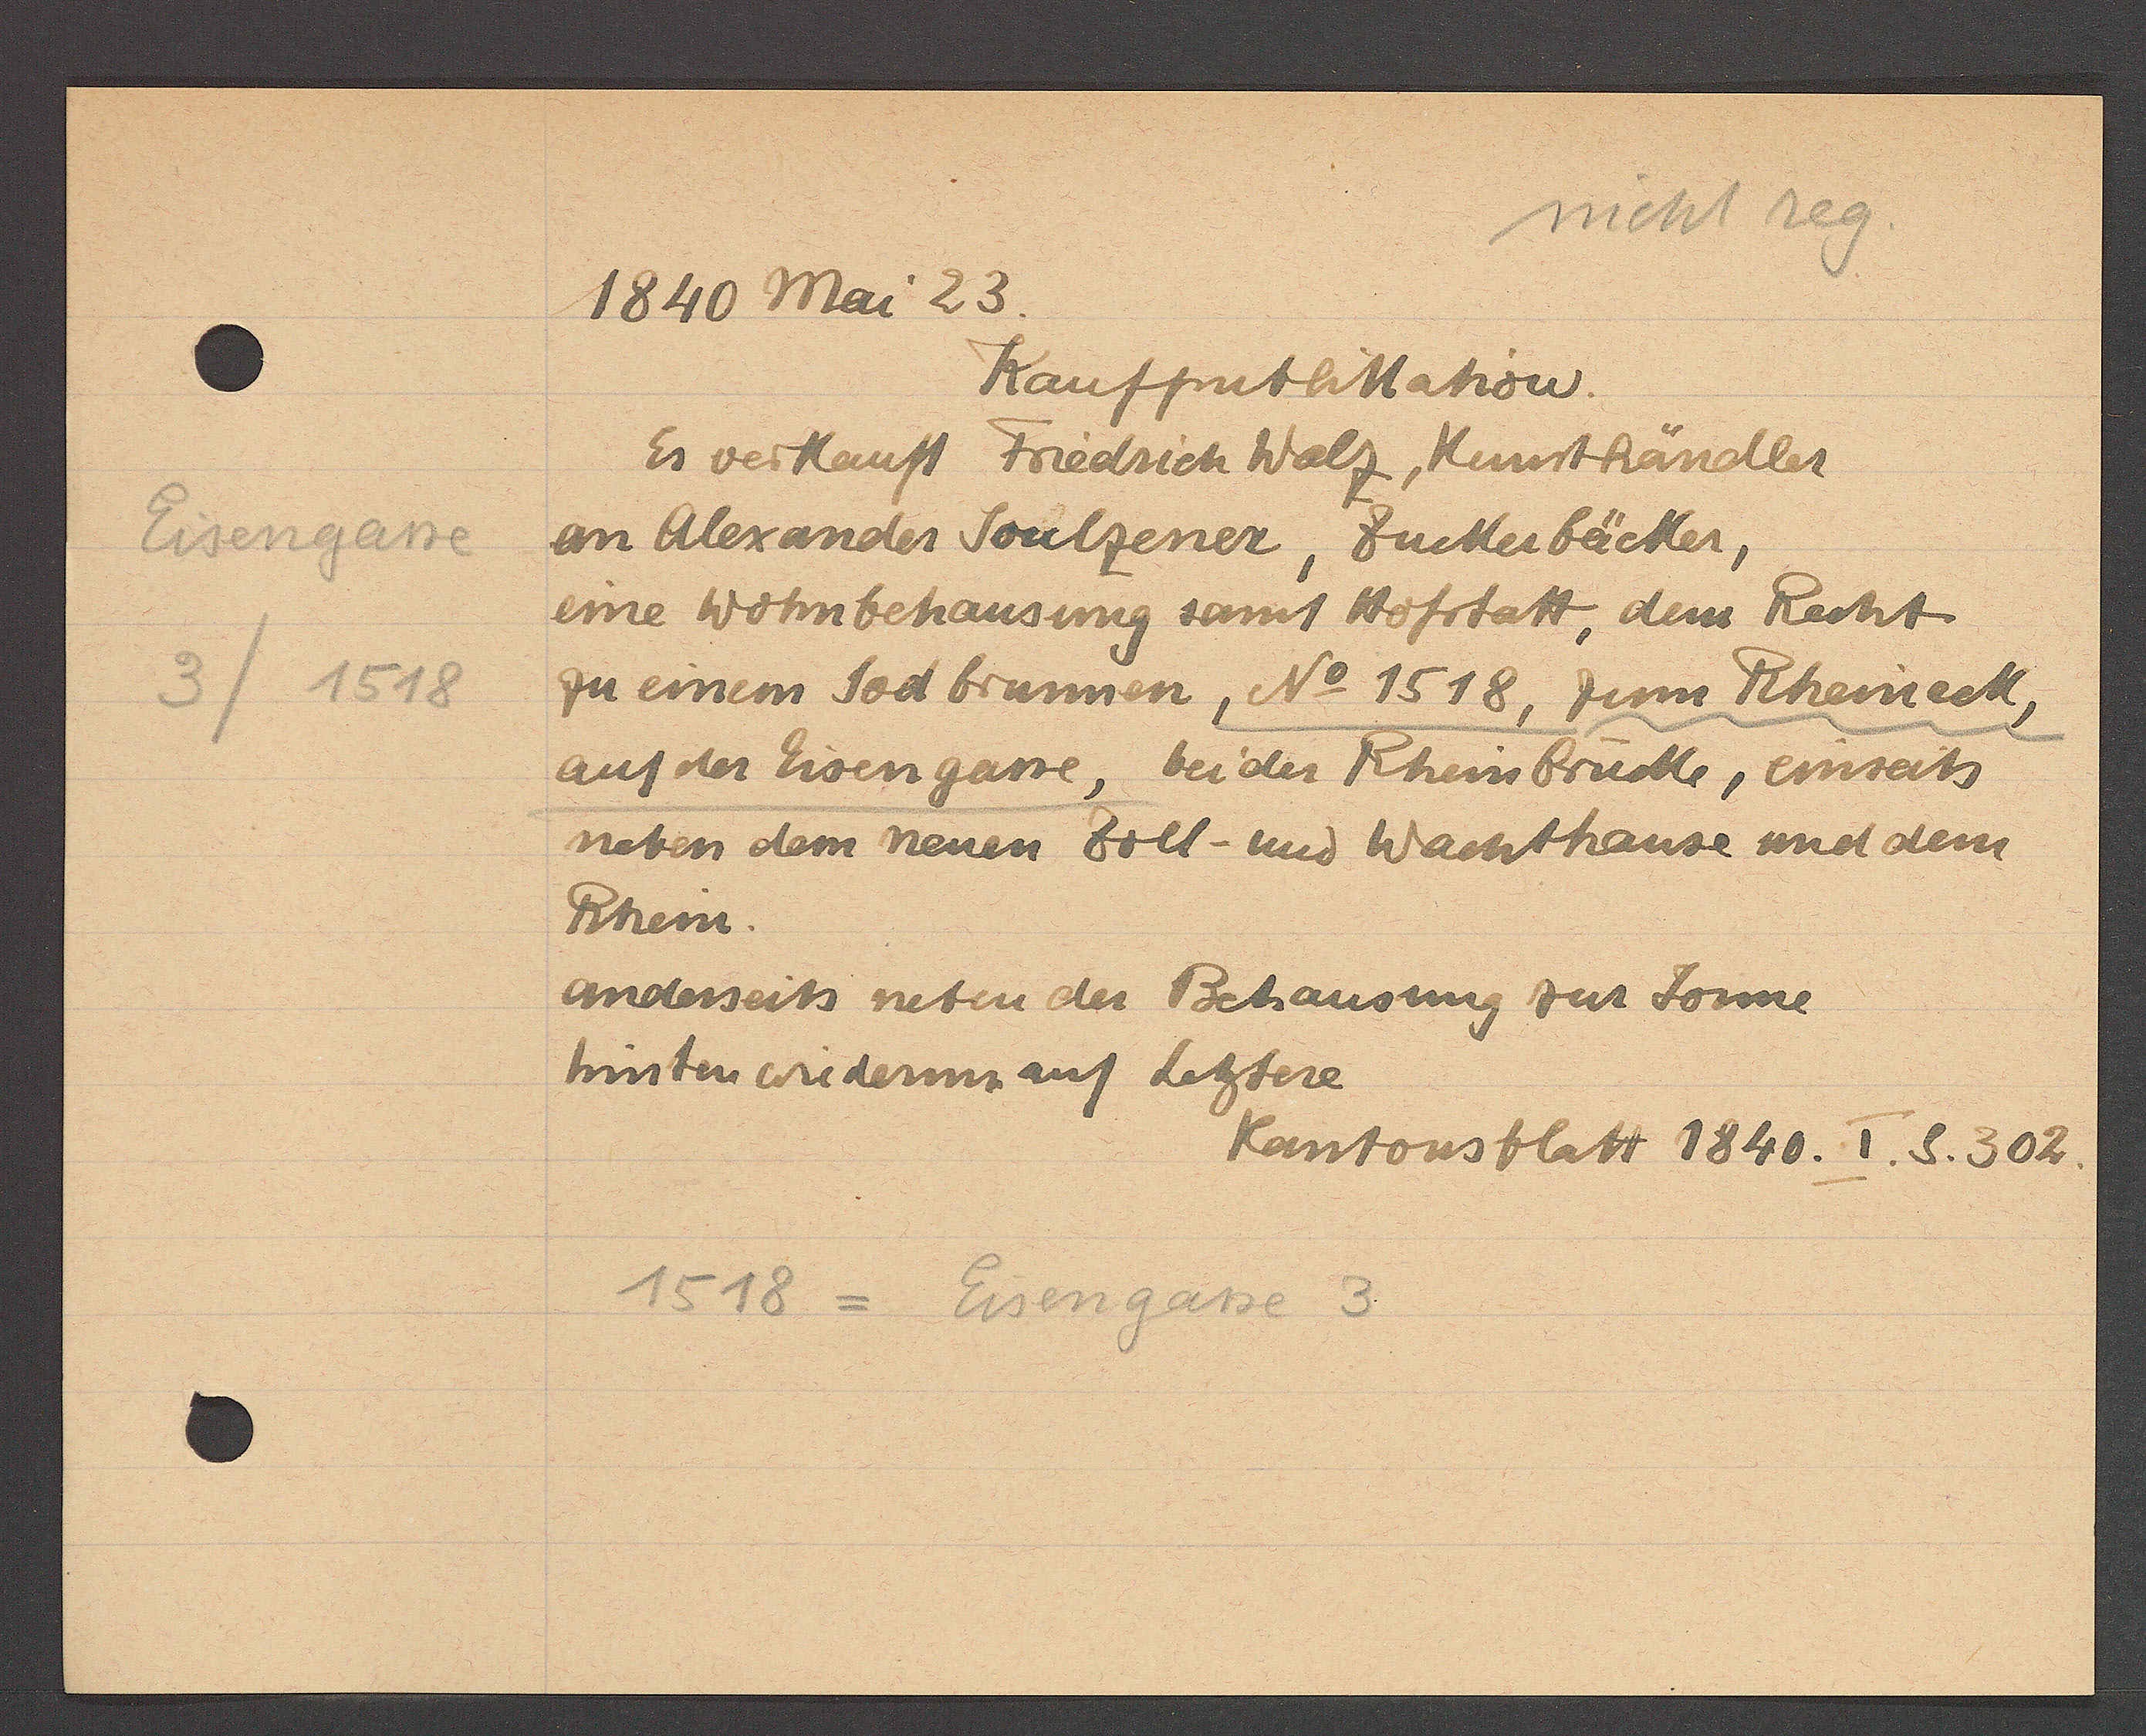
Transcript:
Eisengasse
3 / 1518

1840 Mai 23.
Kauffpublikation.
Es verkauft Friedrich Walz, Kunsthändler
an Alexander Soulzener, Zuckerbäcker,
eine Wohnbehausung samt Hofstatt, dem Recht
zu einem Sodbrunnen, No 1518, zum Rheineck,
auf der Eisengasse, bei der Rheinbrücke, einseits
neben dem neuen Zoll- und Wachthause und dem
Rhein.
anderseits neben der Behausung zur Sonne
hinten wiederum auf Letztere
Kantonsblatt 1840. I. S. 302
1518 = Eisengasse 3